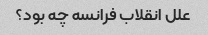
علل انقلاب فرانسه چه بود؟